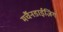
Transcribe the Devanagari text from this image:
मर्चैनडाईज़िंग